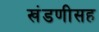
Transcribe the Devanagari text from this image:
खंडणीसह